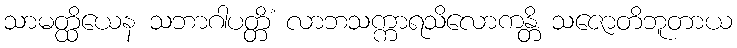
သာမတ္ထိယေန သဘာဂါပတ္တိံ လာဘသက္ကာရသိလောကန္တိ သဇောတိဘူတာယ